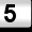
Digit: 5